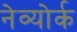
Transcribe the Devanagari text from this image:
नेव्योर्क